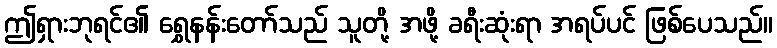
ဤရှားဘုရင်၏ ရွှေနန်းတော်သည် သူတို့ အဖို့ ခရီးဆုံးရာ အရပ်ပင် ဖြစ်ပေသည်။